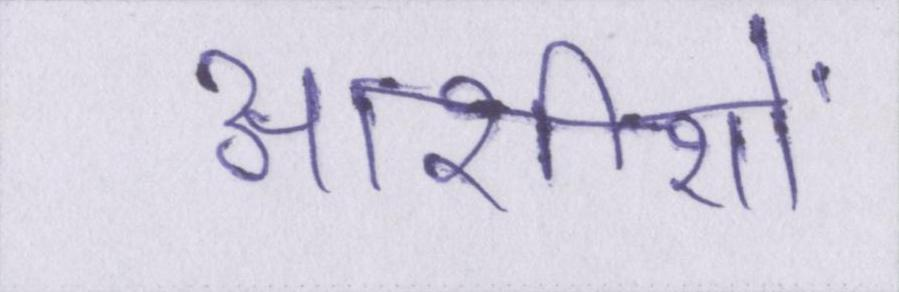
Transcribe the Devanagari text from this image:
आशीशों